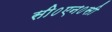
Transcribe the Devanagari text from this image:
सी०एन०सी